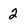
Character: 2